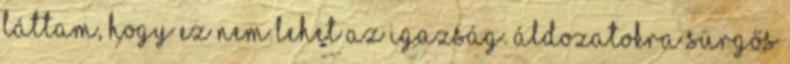
láttam, hogy ez nem lehet az igazság. Áldozatokra sürgős